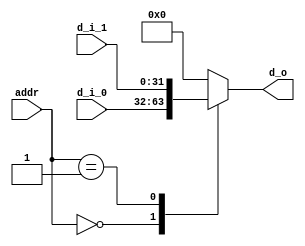
`define REG_WIDTH 32
`define ADDR_WIDTH $clog2(`REG_WIDTH)

module bus_mux(addr, d_i_0, d_i_1, d_o); //this mux will be expanded in future

input [`ADDR_WIDTH-1:0] addr;
input [`REG_WIDTH-1:0] d_i_0;
input [`REG_WIDTH-1:0] d_i_1;

output reg [`REG_WIDTH-1:0] d_o;

always @* begin
	casez(addr)
		0: d_o = d_i_0;
		1: d_o = d_i_1;
		default: d_o = 0;
	endcase
end


endmodule